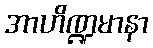
အာဟိဏ္ဍမာနာ